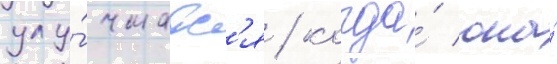
улу́чшатс'я / когда́ она́